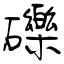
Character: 礫